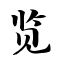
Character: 览